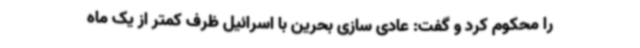
را محکوم کرد و گفت: عادی سازی بحرین با اسرائیل ظرف کمتر از یک ماه